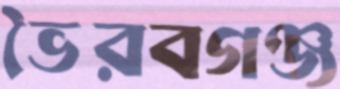
ভৈরবগঞ্জ